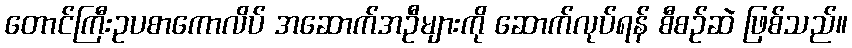
တောင်ကြီးဥပစာကောလိပ် အဆောက်အဦများကို ဆောက်လုပ်ရန် စီစဉ်ဆဲ ဖြစ်သည်။